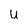
Character: U